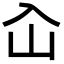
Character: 屳